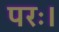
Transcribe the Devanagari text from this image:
परः।